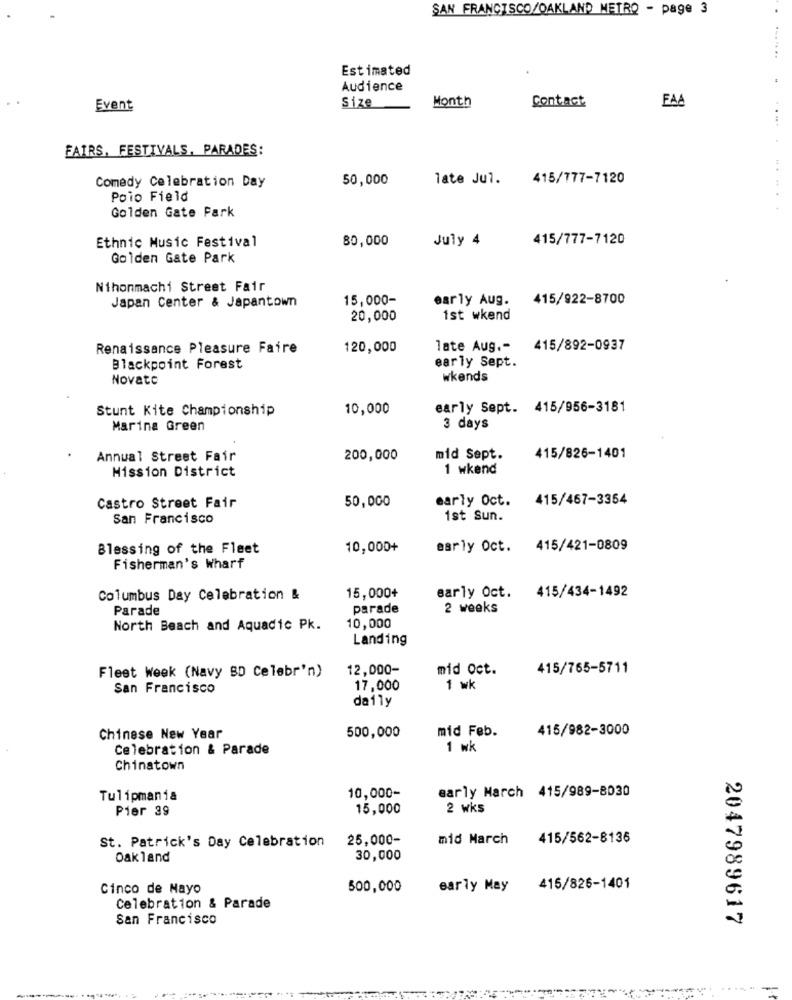
SAN FRANCISCO/OAKLAND METRO - page 3
Estimated
Audience
Size
Month
FAA
Event
Contact
FAIRS, FESTIVALS, PARADES:
Comedy Celebration Day
50,000
late Jul.
415/777-7120
Polo Field
Golden Gate Park
Ethnic Music Festival
80,000
July 4
415/777-7120
Golden Gate Park
Nihonmachi Street Fair
15,000-
early Aug.
415/922-8700
Japan Center & Japantown
20,000
1st wkend
Renaissance Pleasure Faire
120,000
late Aug .- 415/892-0937
early Sept.
Blackpoint Forest
Novato
wkends
Stunt Kite Championship
10,000
early Sept. 415/956-3181
Marina Green
3 days
Annual Street Fair
200,000
mid Sept.
415/826-1401
1 wkend
Mission District
50,000
early Oct. 415/467-3354
Castro Street Fair
San Francisco
ist Sun.
Blessing of the Fleet
10,000+
early Oct. 415/421-0809
Fisherman's Wharf
415/434-1492
Columbus Day Celebration &
15,000+
early Oct.
Parade
parade
2 weeks
North Beach and Aquadic Pk.
10,000
Landing
12,000-
mid Oct.
415/765-5711
Fleet Week (Navy BD Celebr'n)
San Francisco
17,000
1 wk
daily
500,000
mid Feb.
415/982-3000
Chinese New Year
Celebration & Parade
1 wk
Chinatown
early March 415/989-8030
Tulipmania
10,000-
Pier 39
15,000
2 wks
St. Patrick's Day Celebration
25,000-
mid March
415/562-8136
Oakland
30,000
Cinco de Mayo
500,000
early May
415/826-1401
Celebration & Parade
San Francisco
2047989617